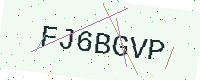
Text: FJ6BGVP